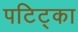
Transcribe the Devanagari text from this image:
पटिट्का